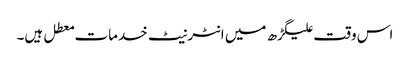
اس وقت علیگڑھ میں انٹرنیٹ خدمات معطل ہیں۔